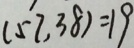
( 5 7 , 3 8 ) = 1 9